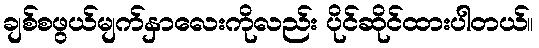
ချစ်စဖွယ်မျက်နှာလေးကိုလည်း ပိုင်ဆိုင်ထားပါတယ်။